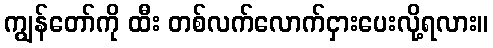
ကျွန်တော်ကို ထီး တစ်လက်လောက်ငှားပေးလို့ရလား။